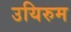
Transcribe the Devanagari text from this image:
उयिरुम